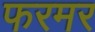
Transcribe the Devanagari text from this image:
फरमर